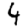
Digit: 4